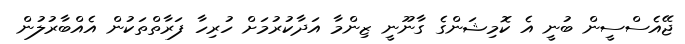
ޖޭއެސްސީން ބުނީ އެ ކޮމިޝަންގެ ގާނޫނީ ޒިންމާ އަދާކުރުމަށް ހުރިހާ ފަރާތްތަކުން އެއްބާރުލުން